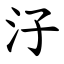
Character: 汓